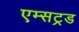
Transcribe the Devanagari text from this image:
एम्सट्रड